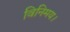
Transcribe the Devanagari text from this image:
विनिमय।